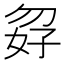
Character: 𪥸